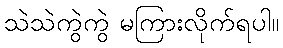
သဲသဲကွဲကွဲ မကြားလိုက်ရပါ။